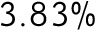
3 . 8 3 \%